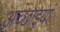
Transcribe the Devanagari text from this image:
अच्छाइयां